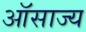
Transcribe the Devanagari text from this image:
ऑसाज्य